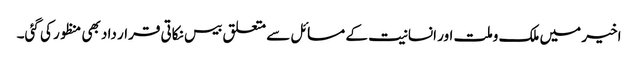
اخیر میں ملک وملت اور انسانیت کے مسائل سے متعلق بیس نکاتی قرار داد بھی منظور کی گئی۔